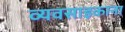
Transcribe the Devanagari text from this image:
व्यवसाइकाना